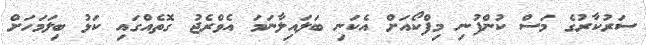
ސަރުކާރުގެ މަސް ކުންފުނި މިފްކޯއަށް އެކަނި ބަލައިލާނަމަ އެވްރެޖު ގޮތެއްގައި ކަޅު ބިލަމަހަށް